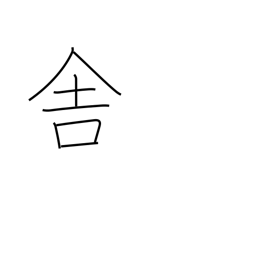
Meaning: cottage